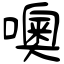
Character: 噢